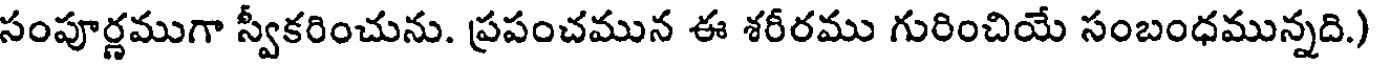
సంపూర్ణముగా స్వీకరించును. ప్రపంచమున ఈ శరీరము గురించియే సంబంధమున్నది.)